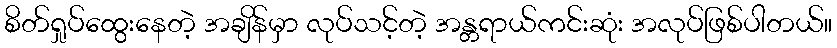
စိတ်ရှုပ်ထွေးနေတဲ့ အချိန်မှာ လုပ်သင့်တဲ့ အန္တရာယ်ကင်းဆုံး အလုပ်ဖြစ်ပါတယ်။